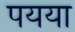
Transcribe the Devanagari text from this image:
पयया